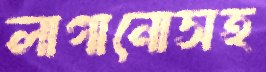
লাগানোসহ